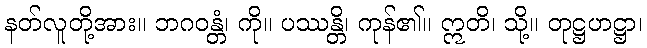
နတ်လူတို့အား။ ဘဂဝန္တံ၊ ကို။ ပဿန္တိ၊ ကုန်၏။ ဣတိ၊ သို့။ တုဋ္ဌဟဋ္ဌာ၊